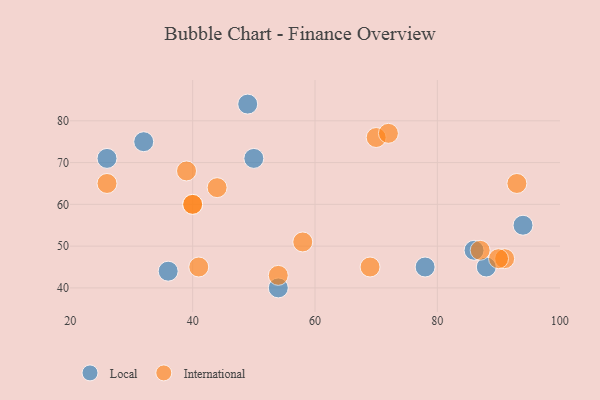
{"axis": {"x": "GDP", "y": "Life Expectancy"}, "legend": ["International", "Local"], "data": [{"x": "88", "y": 45, "type": "Local"}, {"x": "36", "y": 44, "type": "Local"}, {"x": "50", "y": 71, "type": "Local"}, {"x": "49", "y": 84, "type": "Local"}, {"x": "54", "y": 40, "type": "Local"}, {"x": "94", "y": 55, "type": "Local"}, {"x": "32", "y": 75, "type": "Local"}, {"x": "86", "y": 49, "type": "Local"}, {"x": "26", "y": 71, "type": "Local"}, {"x": "78", "y": 45, "type": "Local"}, {"x": "39", "y": 68, "type": "International"}, {"x": "87", "y": 49, "type": "International"}, {"x": "58", "y": 51, "type": "International"}, {"x": "26", "y": 65, "type": "International"}, {"x": "44", "y": 64, "type": "International"}, {"x": "91", "y": 47, "type": "International"}, {"x": "70", "y": 76, "type": "International"}, {"x": "54", "y": 43, "type": "International"}, {"x": "72", "y": 77, "type": "International"}, {"x": "40", "y": 60, "type": "International"}, {"x": "69", "y": 45, "type": "International"}, {"x": "41", "y": 45, "type": "International"}, {"x": "93", "y": 65, "type": "International"}, {"x": "40", "y": 60, "type": "International"}, {"x": "90", "y": 47, "type": "International"}]}